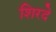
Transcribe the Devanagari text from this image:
शिरदे